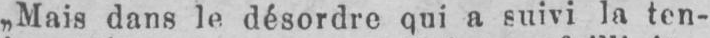
„Mais dans le désordre qui a suivi la ten-